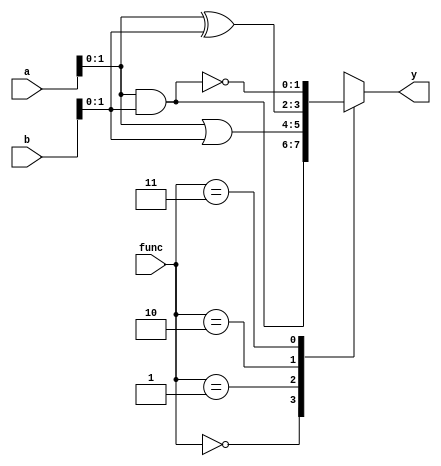
module combinational_logic_block #(
    parameter INPUT_WIDTH = 4,  // Width of the input vectors
    parameter OUTPUT_WIDTH = 2   // Width of the output vectors
)(
    input  [INPUT_WIDTH-1:0]  a,        // Input vector a
    input  [INPUT_WIDTH-1:0]  b,        // Input vector b
    input  [1:0]              func,     // Function selector
    output reg [OUTPUT_WIDTH-1:0] y     // Output vector y
);

// Function selector codes:
// func = 2'b00: AND
// func = 2'b01: OR
// func = 2'b10: XOR
// func = 2'b11: NAND

always @(*) begin
    case (func)
        2'b00: y = a & b;                // AND operation
        2'b01: y = a | b;                // OR operation
        2'b10: y = a ^ b;                // XOR operation
        2'b11: y = ~(a & b);             // NAND operation
        default: y = {OUTPUT_WIDTH{1'b0}}; // Default to 0
    endcase
end

endmodule